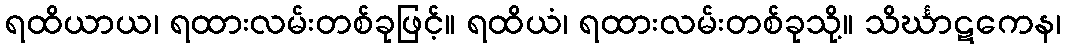
ရထိယာယ၊ ရထားလမ်းတစ်ခုဖြင့်။ ရထိယံ၊ ရထားလမ်းတစ်ခုသို့။ သိင်္ဃာဋကေန၊